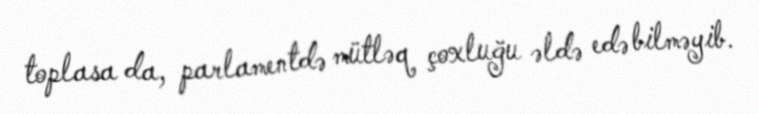
toplasa da, parlamentdə mütləq çoxluğu əldə edə bilməyib.